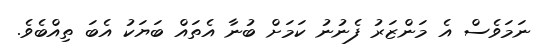
ނަމަވެސް އެ މަންޒަރު ފެނުނު ކަމަށް ބުނާ އެތައް ބަޔަކު އެބަ ތިއްބެވެ.